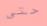
حتى